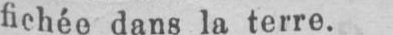
fichée dans la terre.